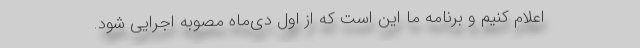
اعلام کنیم و برنامه ما این است که از اول دی‌ماه مصوبه اجرایی شود.